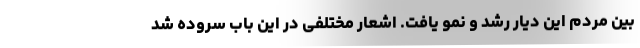
بین مردم این دیار رشد و نمو یافت. اشعار مختلفی در این باب سروده شد